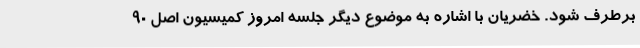
برطرف شود. خضریان با اشاره به موضوع دیگر جلسه امروز کمیسیون اصل 90